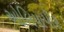
ઓલિયાપીર